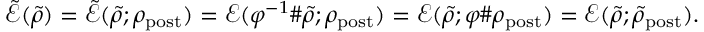
\tilde { \mathcal { E } } ( \tilde { \rho } ) = \tilde { \mathcal { E } } ( \tilde { \rho } ; \rho _ { \mathrm { p o s t } } ) = \mathcal { E } ( \varphi ^ { - 1 } \# \tilde { \rho } ; \rho _ { \mathrm { p o s t } } ) = \mathcal { E } ( \tilde { \rho } ; \varphi \# \rho _ { \mathrm { p o s t } } ) = \mathcal { E } ( \tilde { \rho } ; \tilde { \rho } _ { \mathrm { p o s t } } ) .